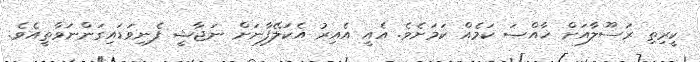
ކީރިތި ރަސޫލާއަށް ޚާއްޞަ ކަމެއް ކަމަށެވެ. އެއީ އެއިރު އެކަލޭފާނަށް ނަޖާޝީ ފެނިވަޑައިގަންނަވާތީއެވެ.